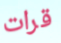
قرات